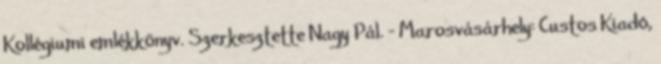
Kollégiumi emlékkönyv. Szerkesztette Nagy Pál. – Marosvásárhely: Custos Kiadó,